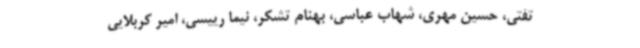
تفتی، حسین مهری، شهاب عباسی، بهنام تشکر، نیما رییسی، امیر کربلایی